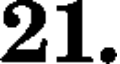
21.